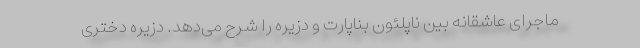
ماجرای عاشقانه بین ناپلئون بناپارت و دزیره را شرح می‌دهد. دزیره دختری